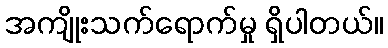
အကျိုးသက်ရောက်မှု ရှိပါတယ်။